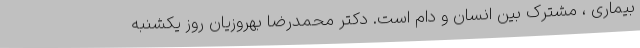
بیماری ، مشترک بین انسان و دام است. دکتر محمدرضا بهروزیان روز یکشنبه